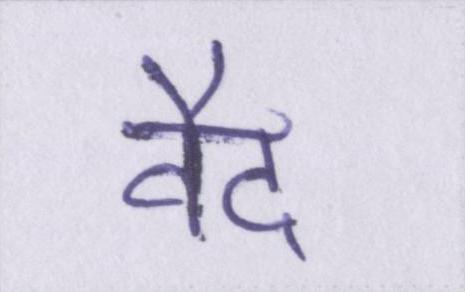
वैद